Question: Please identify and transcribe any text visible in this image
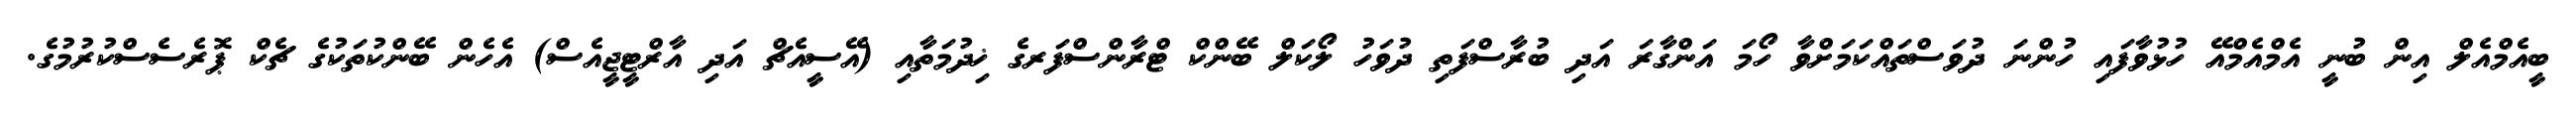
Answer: ބީއެމްއެލް އިން ބުނީ އެމްއެމްއޭ ހުޅުވާފައި ހުންނަ ދުވަސްތައްކަމަށްވާ ހޯމަ އަންގާރަ އަދި ބުރާސްފަތި ދުވަހު ލޯކަލް ބޭންކް ޓްރާންސްފަރގެ ޚިދުމަތާއި (އޭސީއެޗް އަދި އާރްޓީޖީއެސް) އެހެން ބޭންކުތަކުގެ ޗެކް ޕޮރެސެސްކުރުމުގެ.